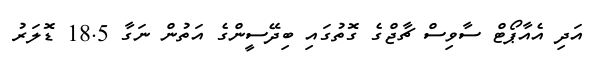
އަދި އެއާޕޯޓް ސާވިސް ޗާޖްގެ ގޮތުގައި ބިދޭސީންގެ އަތުން ނަގާ 18.5 ޑޮލަރު